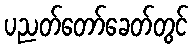
ပညတ်တော်ခေတ်တွင်